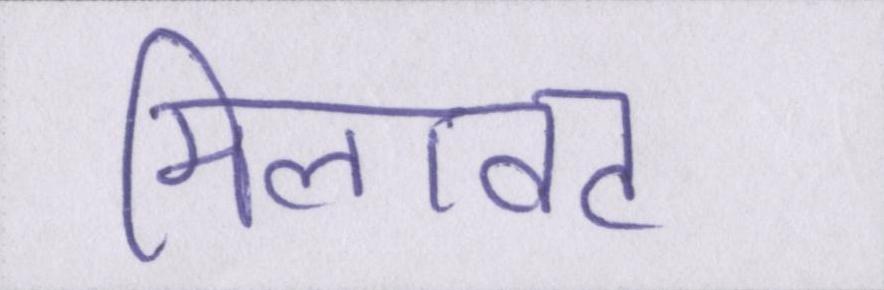
मिलावट